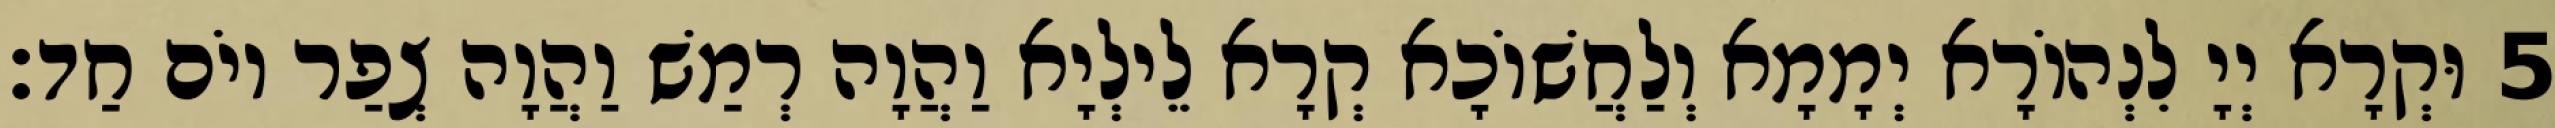
5 וּקְרָא יְיָ לִנְהוֹרָא יְמָמָא וְלַחֲשׁוֹכָא קְרָא לֵילְיָא וַהֲוָה רְמַשׁ וַהֲוָה צְפַר יוֹם חַד׃